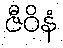
ဇီဝိနံ